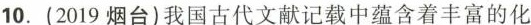
10.(2019烟台)我国古代文献记载中蕴含着丰富的化